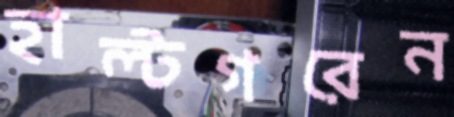
হাল্টগরেন